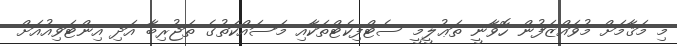
މި މަޤާމަށް މުވައްްޒަފުން ހޮވާނީ ތަޢުލީމީ ސެޓްފިކެޓްތަކާއި މަސައްކަތުގެ ތަޖުރިބާ އަދި އިންޓަވިއުއަށް